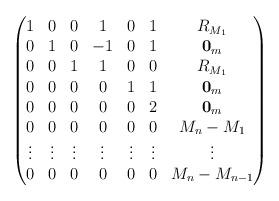
LaTeX: \begin{align*}\begin{pmatrix}1 & 0 & 0 & 1 & 0 & 1 & R_{M_1} \\0 & 1 & 0 &-1 & 0 & 1 & \mathbf{0}_m \\0 & 0 & 1 & 1 & 0 & 0 & R_{M_1} \\0 & 0 & 0 & 0 & 1 & 1 & \mathbf{0}_m \\0 & 0 & 0 & 0 & 0 & 2 & \mathbf{0}_m \\0 & 0 & 0 & 0 & 0 & 0 & M_{n} - M_{1} \\\vdots & \vdots & \vdots & \vdots & \vdots & \vdots & \vdots \\0 & 0 & 0 & 0 & 0 & 0 & M_{n} - M_{n-1} \\\end{pmatrix}\end{align*}